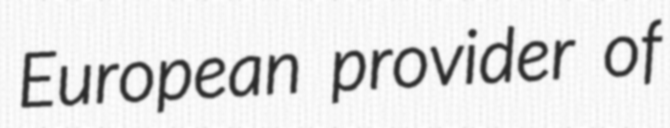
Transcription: European provider of